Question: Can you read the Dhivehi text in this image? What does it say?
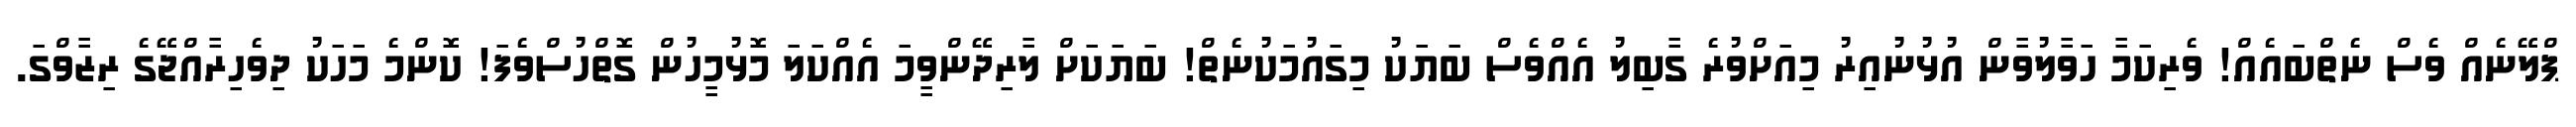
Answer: ޕްލޭނެއް ވެސް ނެތްބައެއް! ވެރިކަމާ ހަވާލުވާން އުޅުނުއިރު މިއަށްވުރެ ގާބިލު އެއްވެސް ބަޔަކު މިގައުމަކުނެތް! ބަޔަކަށް ލާރިދޭންވީމަ އެއްކަލަ މޮޅުމީހުން ގޮތްހުސްވެފަ! ކޮންމެ މަހަކު ދިވެހިރާއްޖޭގެ ރިޒާވްގަ.